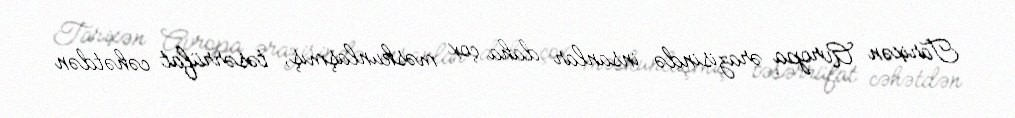
Tarixən Avropa ərazisində insanlar daha çox məskunlaşmış, təsərrüfat cəhətdən